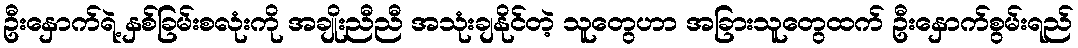
ဦးနှောက်ရဲ့ နှစ်ခြမ်းစလုံးကို အချိုးညီညီ အသုံးချနိုင်တဲ့ သူတွေဟာ အခြားသူတွေထက် ဦးနှောက်စွမ်းရည်